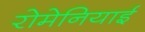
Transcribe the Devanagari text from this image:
रोमेनियाई